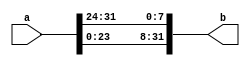
module rot_word(a,b);
	input [31:0] a;
	output [31:0] b;
	
	assign b = {a[23:0], a[31:24]};
	
endmodule